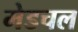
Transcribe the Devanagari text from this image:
मेडचल